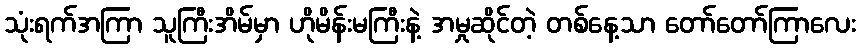
သုံးရက်အကြာ သူကြီးအိမ်မှာ ဟိုမိန်းမကြီးနဲ့ အမှုဆိုင်တဲ့ တစ်နေ့သာ တော်တော်ကြာလေး